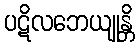
ပဋိလဘေယျုန္တိ